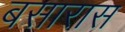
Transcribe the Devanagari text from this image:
बसारास